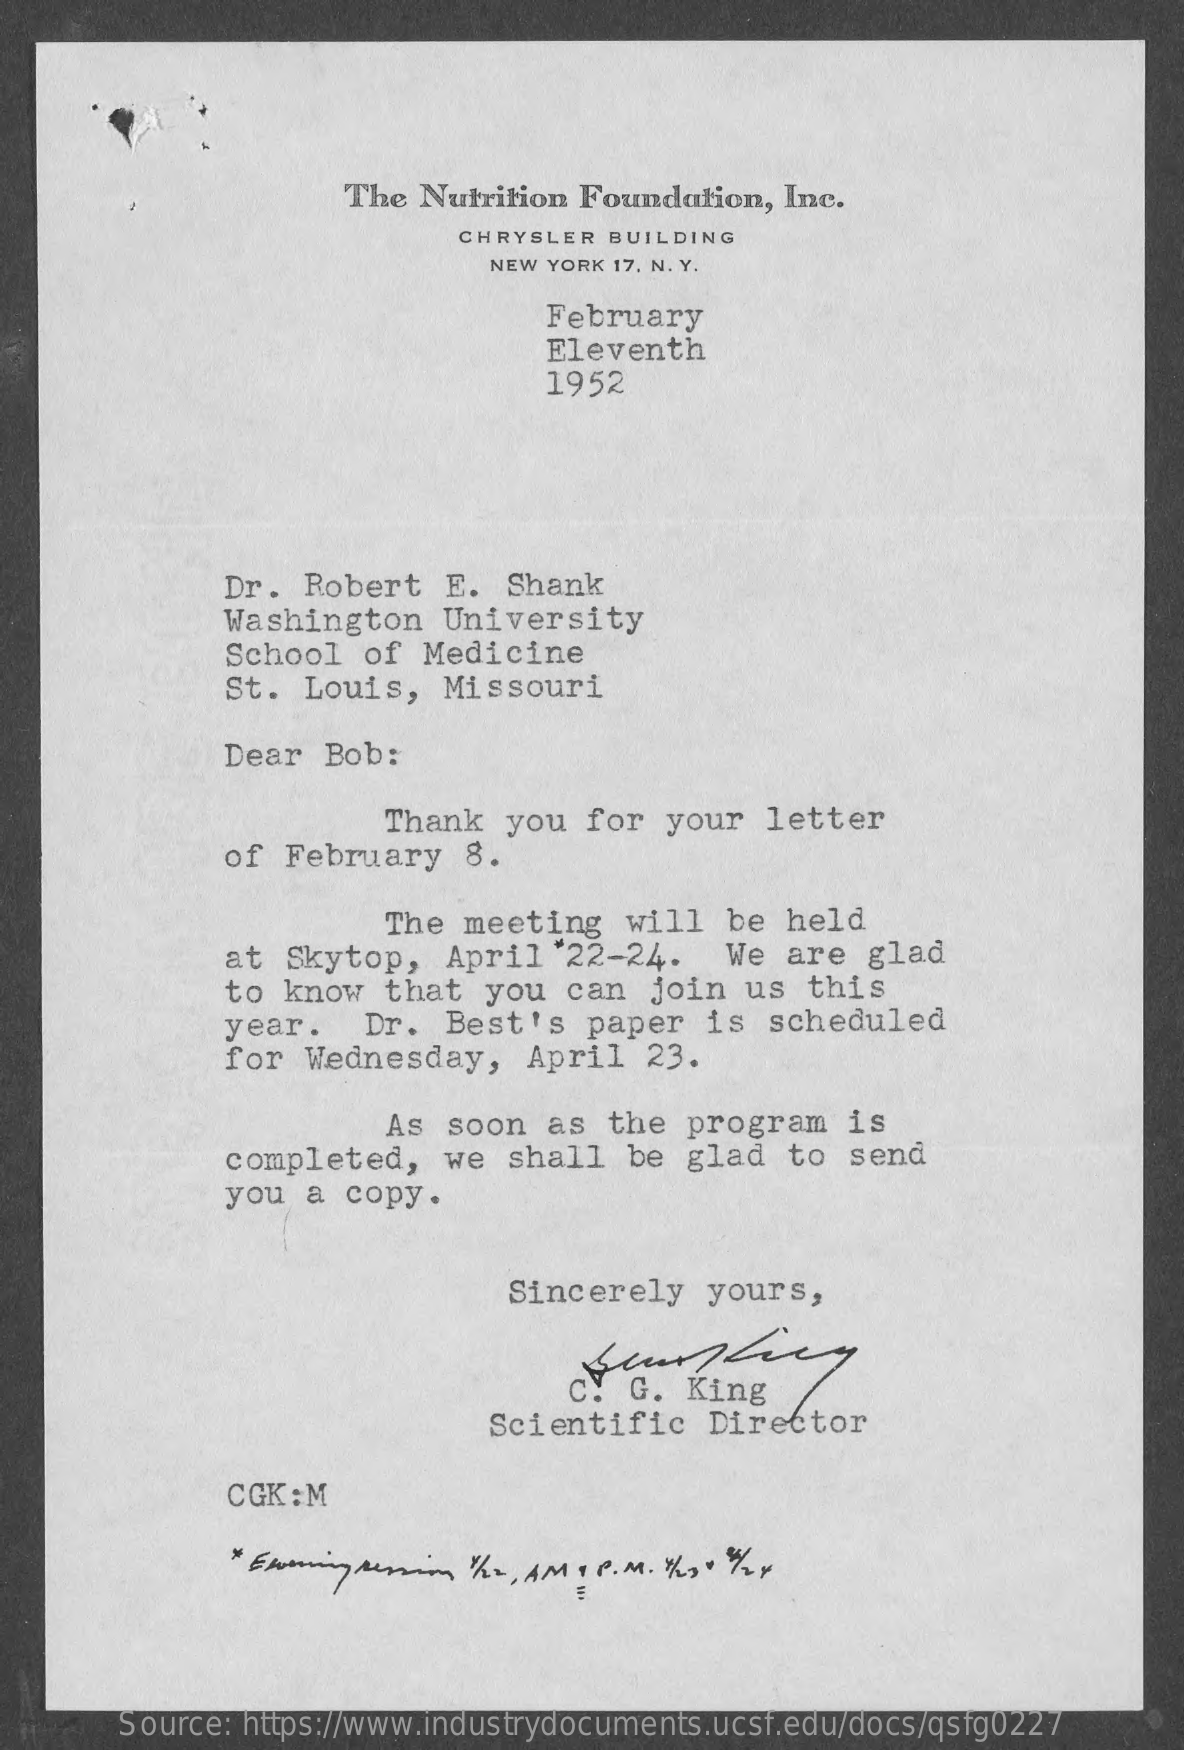
The Nutrition Foundation,  Inc.
     CHRYSLER BUILDING
     NEW YORK 17. N. Y.
     February
     Eleventh
     1952
     Dr.  Robert   E.  Shank
     Washington    University
     School   of Medicine
     St. Louis,   Missouri
     Dear  Bob:
     Thank   you  for  your  letter
     of  February   8.
     The  meeting   will   be held
     at  Skytop,   April   22-24.    We are  glad
     to  know  that  you  can   join  us  this
     year.    Dr.  Best's   paper  is  scheduled
     for  Wednesday,    April   23.
     As  soon  as  the  program   is
     completed,    we  shall  be  glad   to send
     you  a  copy.
     Sincerely   yours,
     c. G.  King
     Scientific   Director
     CGK:M
     Source: https://www.industrydocuments.ucsf.edu/docs/qsfg0227